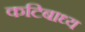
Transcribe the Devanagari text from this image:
कटिबाध्य